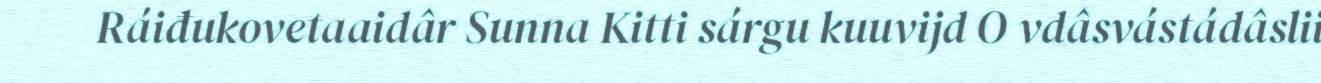
Ráiđukovetaaidâr Sunna Kitti sárgu kuuvijd O vdâsvástádâslii